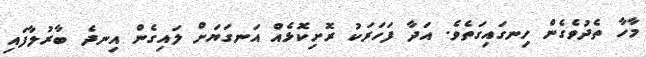
މާހާ ތެދުވެގެން ހިނގައިގަތެވެ. އަދާ ފަހަރަކު ރޮށިކޮޅެއް އަނގަޔަށް ލައިގެން އިނދެ ބާރުލާފައި